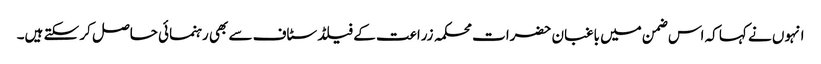
انہوں نے کہا کہ اس ضمن میں باغبان حضرات محکمہ زراعت کے فیلڈ سٹاف سے بھی رہنمائی حاصل کر سکتے ہیں۔